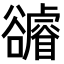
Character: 𧯖